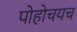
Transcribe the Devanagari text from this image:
पोहोचयच